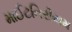
માઈટનિરીયમ